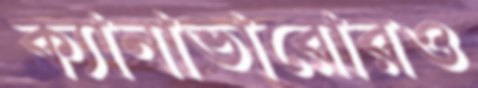
ক্যানাভারোরও